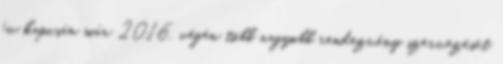
év kapcsán már 2016. végén több nagyobb rendezvény szervezését